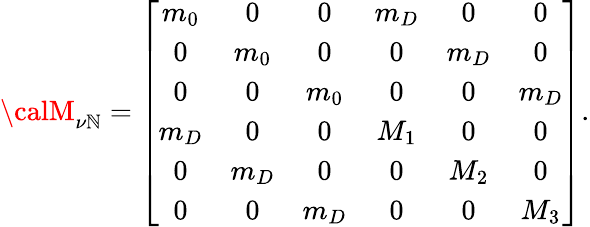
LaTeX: {\calM}_{\nu\mathbb{N}}=\left[\begin{array}{cccccc}{{m_{0}}}&{{0}}&{{0}}&{{m_{D}}}&{{0}}&{{0}}\\ {{0}}&{{m_{0}}}&{{0}}&{{0}}&{{m_{D}}}&{{0}}\\ {{0}}&{{0}}&{{m_{0}}}&{{0}}&{{0}}&{{m_{D}}}\\ {{m_{D}}}&{{0}}&{{0}}&{{M_{1}}}&{{0}}&{{0}}\\ {{0}}&{{m_{D}}}&{{0}}&{{0}}&{{M_{2}}}&{{0}}\\ {{0}}&{{0}}&{{m_{D}}}&{{0}}&{{0}}&{{M_{3}}}\end{array}\right].